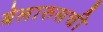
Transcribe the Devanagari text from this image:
बेलारुसची